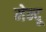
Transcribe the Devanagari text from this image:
मेन्दू